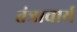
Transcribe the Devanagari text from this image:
तंत्राचार्य